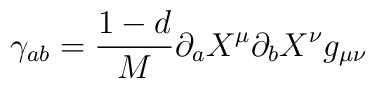
\gamma_{ab} = \frac {1-d}{M}\partial_{a} X^{\mu}\partial_{b} X^{\nu} g_{\mu \nu}